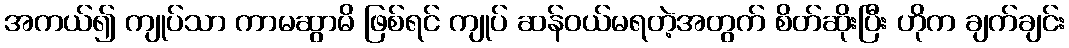
အကယ်၍ ကျုပ်သာ ကာမဆွာမိ ဖြစ်ရင် ကျုပ် ဆန်ဝယ်မရတဲ့အတွက် စိတ်ဆိုးပြီး ဟိုက ချက်ချင်း